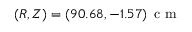
( R , Z ) = ( 9 0 . 6 8 , - 1 . 5 7 ) \, \mathrm { ~ c ~ m ~ }